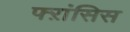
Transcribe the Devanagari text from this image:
फ्ऱांसिस